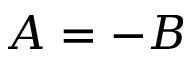
A = - B